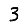
Digit: 3